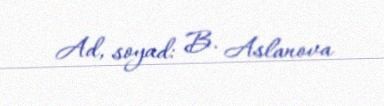
Ad, soyad: B. Aslanova